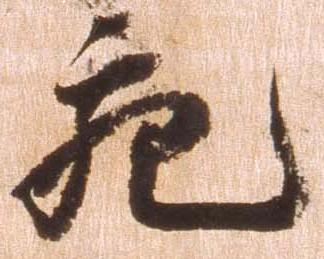
充